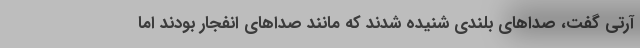
آرتی گفت، صداهای بلندی شنیده شدند که مانند صداهای انفجار بودند اما